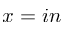
x = i n